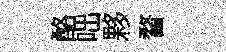
酪咄夥瞀